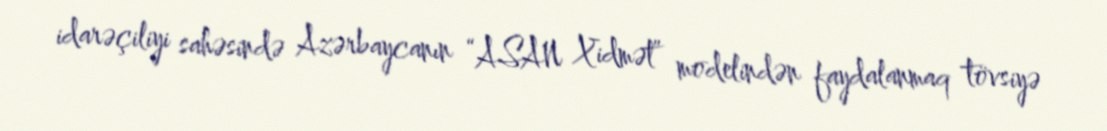
idarəçiliyi sahəsində Azərbaycanın “ASAN Xidmət” modelindən faydalanmaq tövsiyə